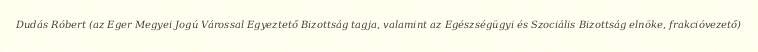
Dudás Róbert (az Eger Megyei Jogú Várossal Egyeztető Bizottság tagja, valamint az Egészségügyi és Szociális Bizottság elnöke, frakcióvezető)